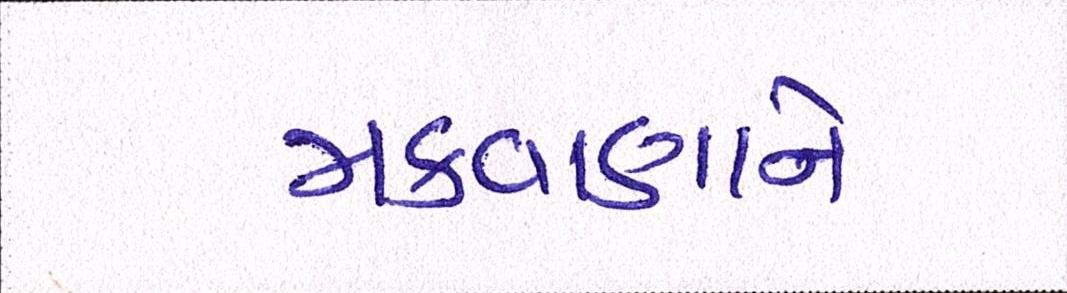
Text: મકવાણાને